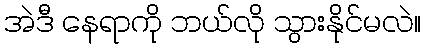
အဲဒီ နေရာကို ဘယ်လို သွားနိုင်မလဲ။